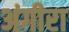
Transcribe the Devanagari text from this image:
अंगीरा